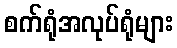
စက်ရုံအလုပ်ရုံများ